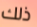
ذلك